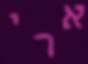
ארי